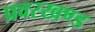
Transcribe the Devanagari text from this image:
प्रवरखण्ड